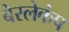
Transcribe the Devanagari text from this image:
बेरलेकंप